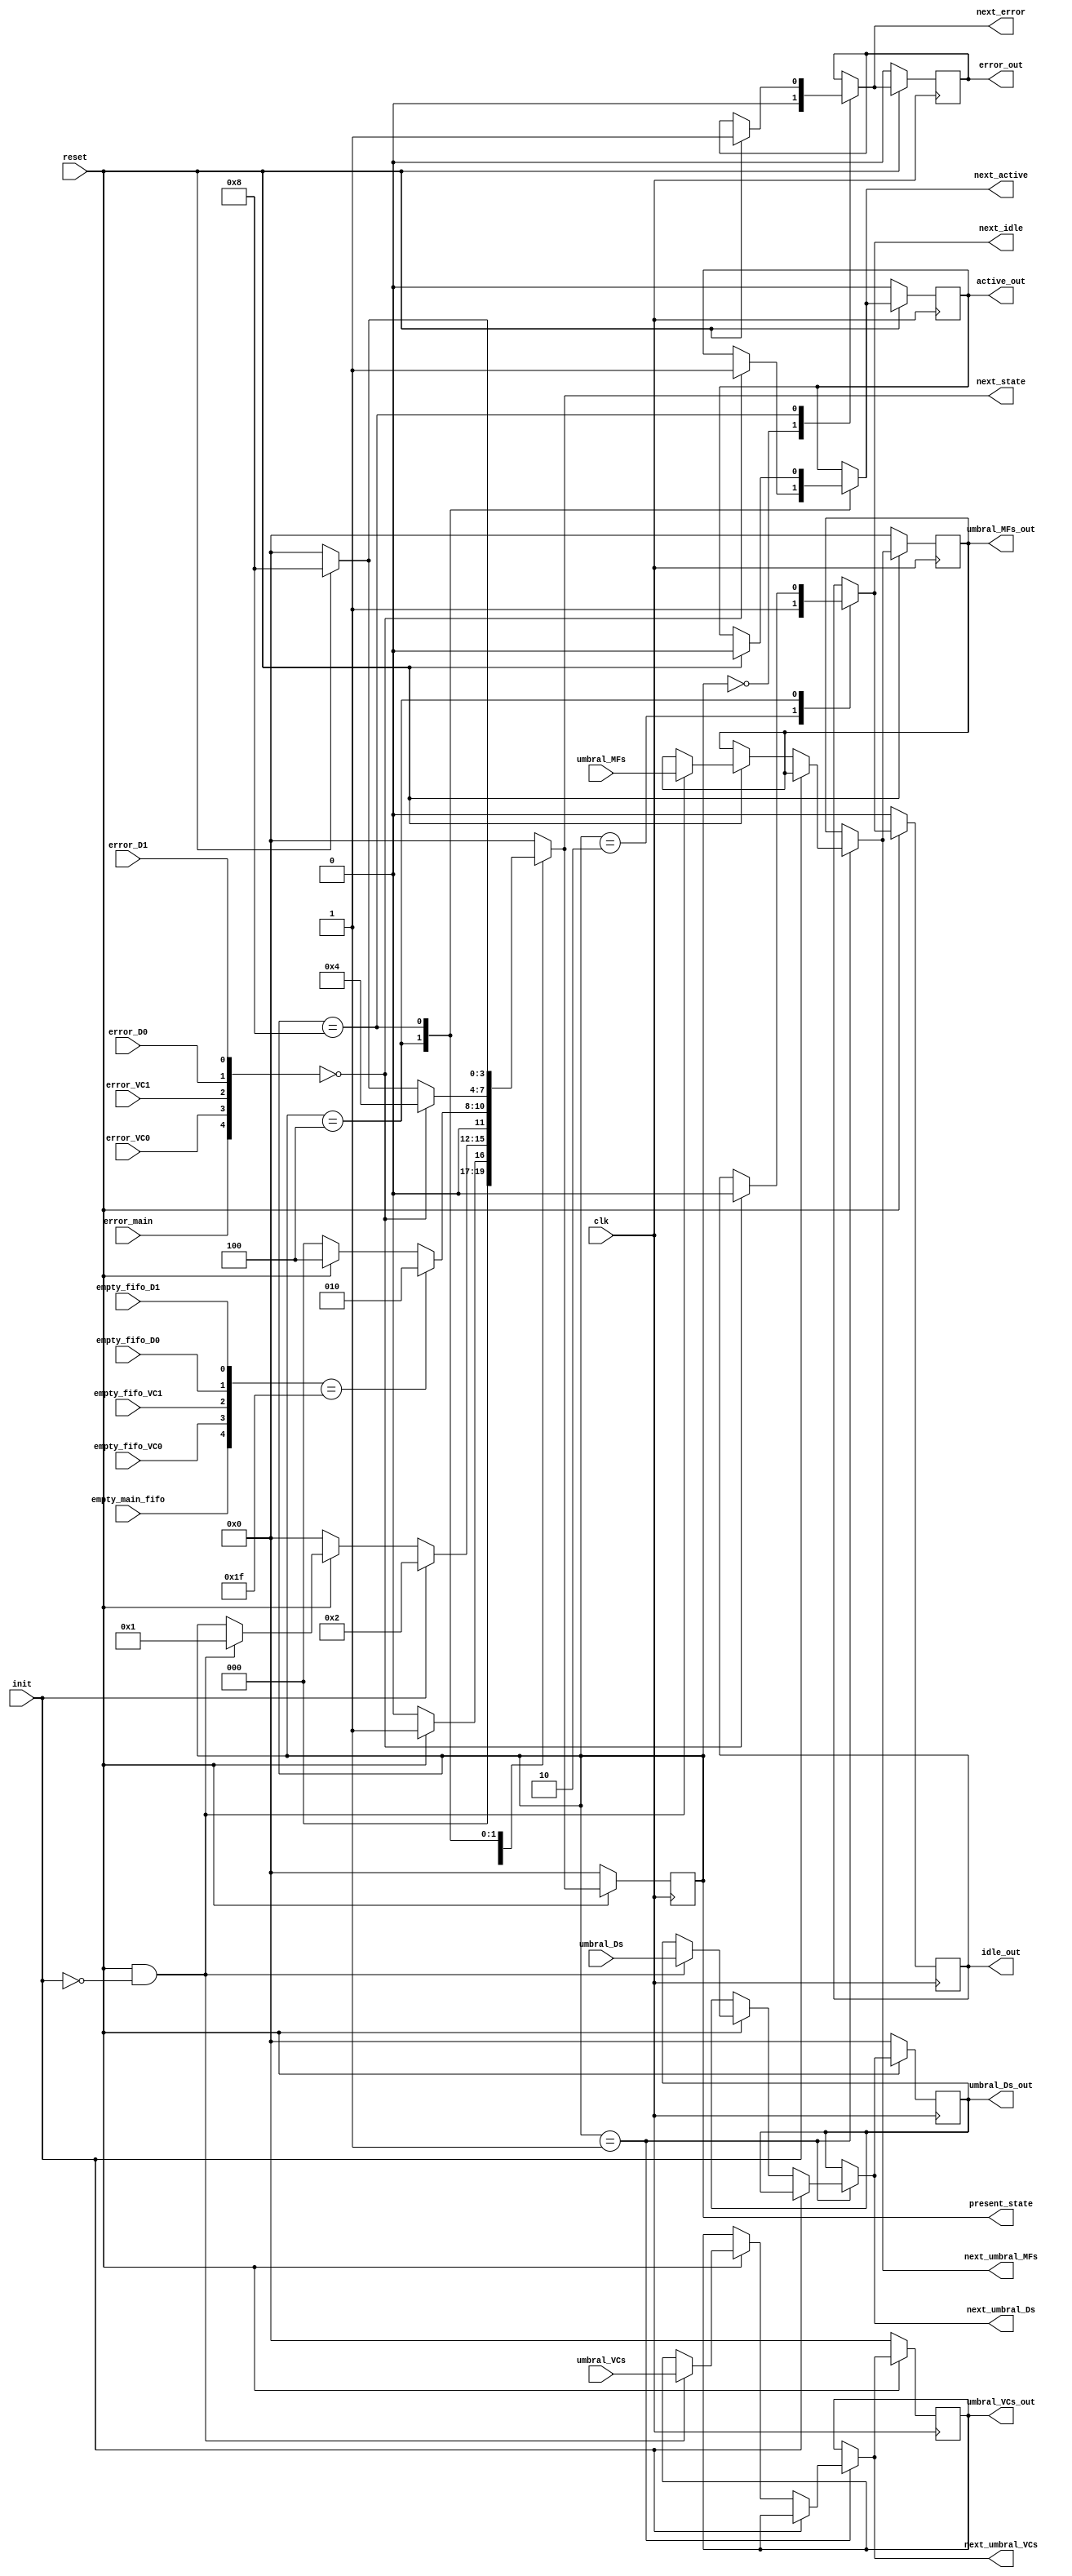
module state_machine(
    input clk,
    input reset,
    input init,
    input [U_MFS-1:0] umbral_MFs,
    input [U_VCS-1:0] umbral_VCs,
    input [U_DS-1:0] umbral_Ds,
    input empty_main_fifo,
    input empty_fifo_VC0,
    input empty_fifo_VC1,
    input empty_fifo_D0,
    input empty_fifo_D1,
    input error_main,
    input error_VC0,
    input error_VC1,
    input error_D0,
    input error_D1,
    output reg error_out,
    output reg next_error,
    output reg active_out,
    output reg next_active,
    output reg idle_out,
    output reg next_idle,
    output reg [3:0] present_state,
    output reg [3:0] next_state,
    output reg [U_MFS-1:0] umbral_MFs_out,
    output reg [U_VCS-1:0] umbral_VCs_out,
    output reg [U_DS-1:0] umbral_Ds_out,
    output reg [U_MFS-1:0] next_umbral_MFs,
    output reg [U_VCS-1:0] next_umbral_VCs,
    output reg [U_DS-1:0] next_umbral_Ds
    );
    parameter U_MFS=4;
    parameter U_VCS=4;
    parameter U_DS=4;
    reg [4:0] FIFO_empties;
    reg [4:0] FIFO_errors;

    //Estados One-hot
    parameter RESET = 0;    //0000
    parameter INIT =1; //0001
    parameter IDLE = 2;  //0010
    parameter ACTIVE = 4;    //0100
    parameter ERROR = 8;  //1000

    always @(posedge clk) begin
        if (!reset) begin
            error_out <= 0;
            present_state <= RESET;
            active_out <= 0;
            idle_out <= 0;
            umbral_MFs_out<=0;
            umbral_VCs_out<=0;
            umbral_Ds_out<=0;
        end
        else begin
            present_state <= next_state;
            error_out <= next_error;
            active_out <= next_active;
            idle_out <= next_idle;
            umbral_MFs_out <= next_umbral_MFs;
            umbral_VCs_out <= next_umbral_VCs;
            umbral_Ds_out <= next_umbral_Ds;
            
        end
    end

    always @(*) begin
        // Unir errores y empities de FIFOS:
        FIFO_empties[0] = empty_fifo_D1; 
        FIFO_empties[1] = empty_fifo_D0;
        FIFO_empties[2] = empty_fifo_VC1;
        FIFO_empties[3] = empty_fifo_VC0;
        FIFO_empties[4] = empty_main_fifo;

        FIFO_errors[0] = error_D1; 
        FIFO_errors[1] = error_D0;
        FIFO_errors[2] = error_VC1;
        FIFO_errors[3] = error_VC0;
        FIFO_errors[4] = error_main;
        // Declarar estados:
        next_state = present_state;
        next_error = error_out;
        next_active = active_out;
        next_idle = idle_out;
        next_umbral_MFs = umbral_MFs_out;
        next_umbral_VCs = umbral_VCs_out;
        next_umbral_Ds = umbral_Ds_out;
        case(present_state)
            RESET:begin
                    next_error = 0;
                    if (reset) next_state = INIT;  
                     
                    else next_state = RESET;
                    
                end 

            INIT: begin

                    if (init) begin
                        next_state = IDLE;
                        
                    end
                    else if (!reset) next_state = RESET;  
                    else if (reset && !init)begin
                        next_umbral_MFs = umbral_MFs;
                        next_umbral_VCs = umbral_VCs;
                        next_umbral_Ds = umbral_Ds;
                        next_state = INIT; 
                    end 

                end 
            IDLE: begin
                    next_idle = 1;
                    if (FIFO_empties == 'b11111) begin
                        next_state = IDLE;
                        
                    end
                    else if (!reset) next_state = RESET;
                    else begin
                        next_state = ACTIVE;
                    end
                end

            ACTIVE: begin
                    if (!FIFO_errors) begin
                        next_state = ACTIVE;
                        next_active = 1;
                        next_idle = 0;
                    end
                    else if (!reset) next_state = RESET;
                    else begin
                        next_state = ERROR;
                    end
                end
            ERROR: begin
                    if (reset) begin
                        next_state = ERROR;
                        next_error = 1;
                        next_active = 0;
                    end
                    
                    else begin
                        next_state = RESET;
                    end
                end
            default: begin
                next_state = RESET;
            end 
        endcase    
    end
    
endmodule